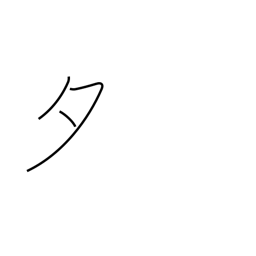
Meaning: evening